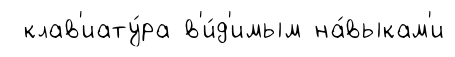
клав'иату́ра в'и́д'имым на́выкам'и